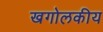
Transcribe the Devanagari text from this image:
खगोलकीय